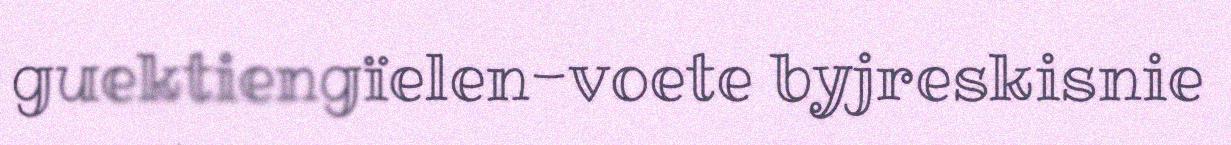
guektiengïelen-voete byjreskisnie